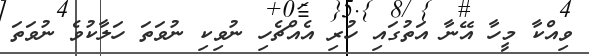
ވިއްކާ މީހާ އޭނާ އަތުގައި ހުރި އެއްޗެހި ނުވިކި ނުވަތަ ހަލާކުވެ ނުވަތަ